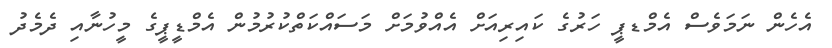
އެހެން ނަމަވެސް އެމްޑޕީ ހަރުގެ ކައިރިއަށް އެއްވުމަށް މަސައްކަތްކުރުމުން އެމްޑީޕީގެ މީހުނާއި ދެމެދު